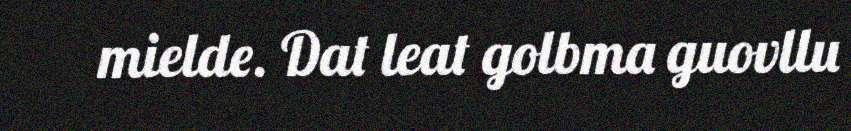
mielde. Dat leat golbma guovllu